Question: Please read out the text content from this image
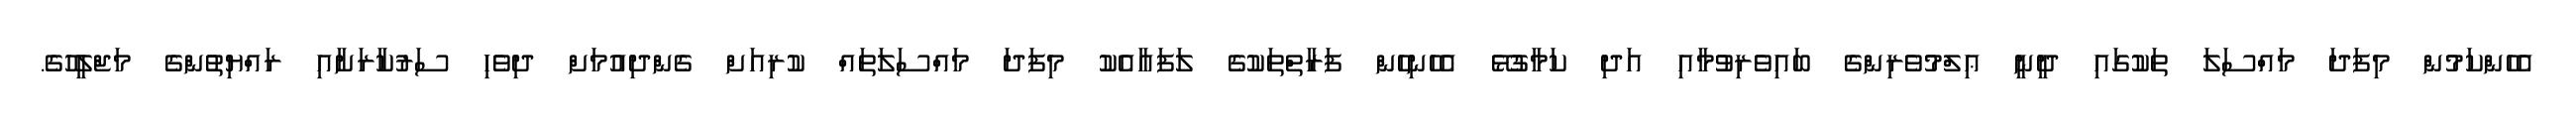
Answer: އެހެންކަމުން މިފަދަ މައްސަލަ ތަކުގައި ދީނީ ޢިލްމުވެރިންގެ ބައިވެރިވުމާއި އަދި ކަމާގުޅޭ އެހެނިހެން ފަރާތްތަކުގެ ލަފައާއެކު މިފަދަ މައްސަލަތައް ކުރިއަށް ގެންދިއުމަށް ދިވެހި ސަރުކާރަށާއި ރައްޔިތުންގެ މަޖްލީހުގެ.